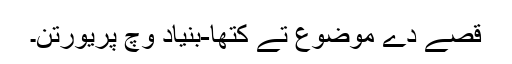
قصے دے موضوع تے کتھا-بنیاد وچ پریورتن۔